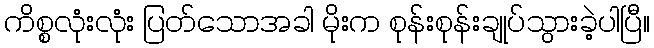
ကိစ္စလုံးလုံး ပြတ်သောအခါ မိုးက စုန်းစုန်းချုပ်သွားခဲ့ပါပြီ။